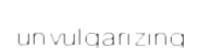
unvulgarizing